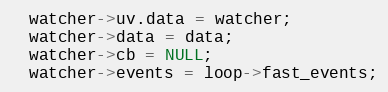
Language: C
  watcher->uv.data = watcher;
  watcher->data = data;
  watcher->cb = NULL;
  watcher->events = loop->fast_events;